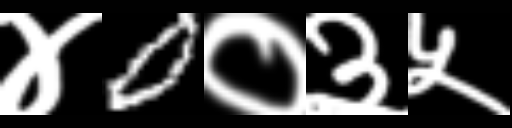
Text: ४0०३५